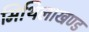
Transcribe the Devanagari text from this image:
मिथिलाखण्ड